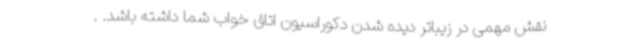
نقش مهمی در زیباتر دیده شدن دکوراسیون اتاق خواب شما داشته باشد. .